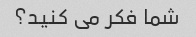
شما فکر می کنید؟